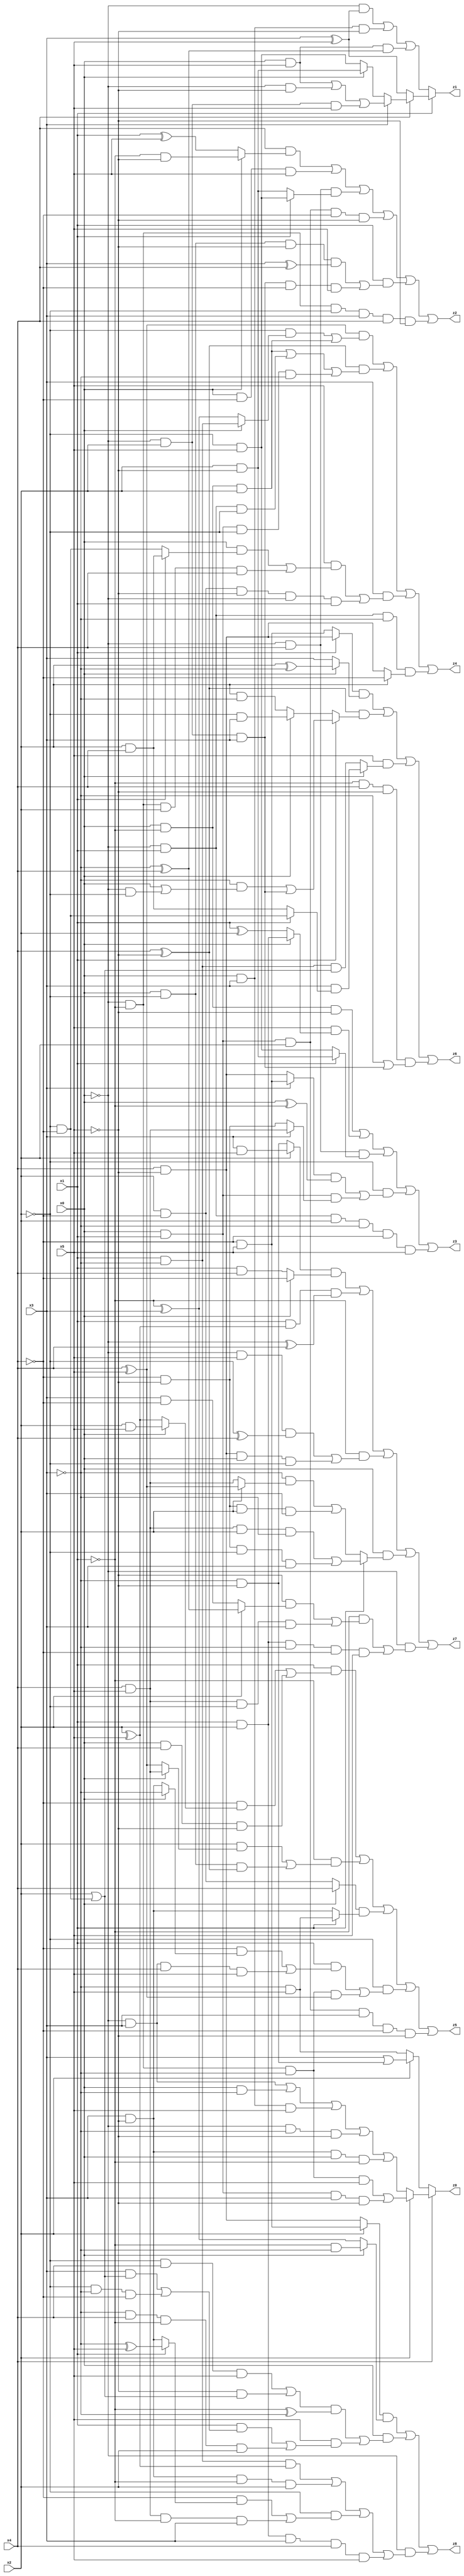
// Benchmark "X_20" written by ABC on Mon Jun 05 23:00:37 2023

module X_20 ( 
    x0, x1, x2, x3, x4, x5,
    z0, z1, z2, z3, z4, z5, z6, z7, z8  );
  input  x0, x1, x2, x3, x4, x5;
  output z0, z1, z2, z3, z4, z5, z6, z7, z8;
  assign z0 = x4 ? (x2 ? ((~x0 & ~x1 & ~x3 & x5) | (x0 & x1 & x3 & ~x5)) : ((~x0 & x3) | (x0 & ~x3) | (x0 & x3 & x5) | (~x0 & ~x3 & ~x5) | (x3 & ~x5 & x0 & ~x1))) : (x2 ? (x3 | (~x3 & ~x5)) : (~x3 & x5));
  assign z1 = x1 ? (x4 ? (x3 ? ((x0 & x5) | (~x0 & ~x5) | (~x0 & x2 & x5)) : (x0 ? (x2 & ~x5) : (~x2 & x5))) : (x3 ^ x5)) : ((~x0 & (x3 ^ x5)) | (x0 & x3 & ~x5) | (x0 & x5 & (~x3 ^ x4)));
  assign z2 = (x4 & (x0 ? (~x1 & ~x5) : (x1 ^ x5))) | (x0 & ~x4 & x5) | (~x0 & x4 & (x1 ? (~x2 & x5) : (x2 & ~x5))) | (x0 & x1 & x2 & ~x4 & ~x5) | (x1 & ((x0 & ~x2 & ~x5 & (x3 ^ x4)) | (~x0 & x2 & x3 & ~x4 & x5))) | (~x0 & ~x1 & ~x2 & x3 & x4 & ~x5);
  assign z3 = (x0 & ~x1 & ~x5) | (x5 & (x0 ? (x1 & x2) : (x1 ^ x2))) | (~x0 & x4 & (x1 ? (x2 & ~x5) : (~x2 & x5))) | (~x2 & (((x3 ? (~x4 & x5) : (x4 & ~x5)) & (x0 ^ ~x1)) | (x0 & x1 & (x3 ? (x4 & x5) : (~x4 & ~x5))))) | (~x0 & x1 & x2 & ~x3 & ~x4 & x5);
  assign z4 = ((x4 ^ x5) & ((~x2 & (x0 ? (x1 & ~x3) : (~x1 ^ x3))) | (x0 & ~x1 & x2))) | ((x4 ^ ~x5) & ((x0 & ~x1 & x2) | (~x0 & x1 & ~x2) | (x0 & x1 & ~x2 & ~x3))) | (x3 & ((x5 & ((x0 & (x1 ? (x2 & x4) : (~x2 & ~x4))) | (~x0 & ~x1 & x2 & x4))) | (x2 & ~x4 & ~x5 & ~x0 & x1))) | (~x0 & x1 & ~x3 & (x2 ? ~x4 : (x4 & ~x5)));
  assign z5 = (x1 & ((~x4 & (x0 ? (x2 & x5) : (x2 ^ x5))) | (x0 & x4 & ~x5))) | (~x1 & ((x2 & (x0 ? (x4 & x5) : (x4 ^ x5))) | (x0 & ~x2 & (x4 ^ ~x5)))) | ((x0 ? x4 : (x2 & ~x4)) & (x1 ? (~x3 & x5) : (x3 & ~x5))) | (~x2 & ((x1 & ((~x4 & (x0 ? ~x3 : (x3 & ~x5))) | (~x0 & x3 & x4 & x5))) | (~x0 & ~x1 & ~x3 & (x4 ^ x5)))) | (x0 & x1 & x2 & x3 & ~x4 & ~x5);
  assign z6 = ((x1 ? (x4 & ~x5) : (~x4 & x5)) & (x0 ? (x2 ^ ~x3) : x3)) | ((x4 ^ ~x5) & (x1 ? ((~x3 & (x0 | (~x0 & ~x2))) | (~x0 & x2 & x3)) : (x0 ? (~x2 & x3) : (x2 & ~x3)))) | (x5 & (x0 ? (x3 & (x1 ? (~x2 & ~x4) : (x2 & x4))) : (x1 & ~x3 & (x2 | (~x2 & ~x4))))) | (~x1 & x4 & ~x5 & (~x3 | (~x0 & x2 & x3)));
  assign z7 = ((x2 ? (x3 & x5) : (~x3 & ~x5)) & (x0 ? ~x4 : (x1 & x4))) | (x1 & (x2 ^ x5) & (~x0 ^ x4)) | (~x1 & ((~x0 & x5 & (~x2 ^ x4)) | (x4 & ~x5 & x0 & ~x2))) | (x0 & (x1 ? ((x4 & x5 & x2 & ~x3) | (~x4 & ~x5 & ~x2 & x3)) : ((~x3 & (x2 ? (x4 ^ x5) : (x4 & x5))) | (~x4 & ~x5 & x2 & x3)))) | (~x0 & ((~x1 & ((~x5 & (x2 ? (~x3 ^ x4) : (x3 & ~x4))) | (x4 & x5 & ~x2 & x3))) | (x1 & x2 & ~x3 & ~x4 & x5)));
  assign z8 = ((x2 ? (~x4 & x5) : (x4 & ~x5)) & (x0 ? (~x1 & ~x3) : (~x1 ^ x3))) | (x0 & ((((~x2 & x4 & x5) | (~x5 & (x2 | (~x2 & ~x4)))) & (~x1 ^ ~x3)) | (x5 & ((x1 & ((x3 & (x2 | (~x2 & ~x4))) | (~x2 & ~x3 & ~x4))) | (~x3 & x4 & ~x1 & x2))))) | (~x0 & ((x1 & ~x3 & (x2 ^ x5)) | (x3 & ~x5 & ~x1 & x2) | (~x2 & ((~x4 & (x1 ? (~x3 ^ x5) : (x3 & ~x5))) | (x4 & x5 & ~x1 & x3))) | (x1 & x2 & x3 & x4 & x5)));
endmodule